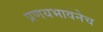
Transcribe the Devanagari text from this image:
प्रणयभावनेच